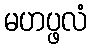
မဟပ္ဖလံ